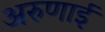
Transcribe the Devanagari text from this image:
अरुणाई